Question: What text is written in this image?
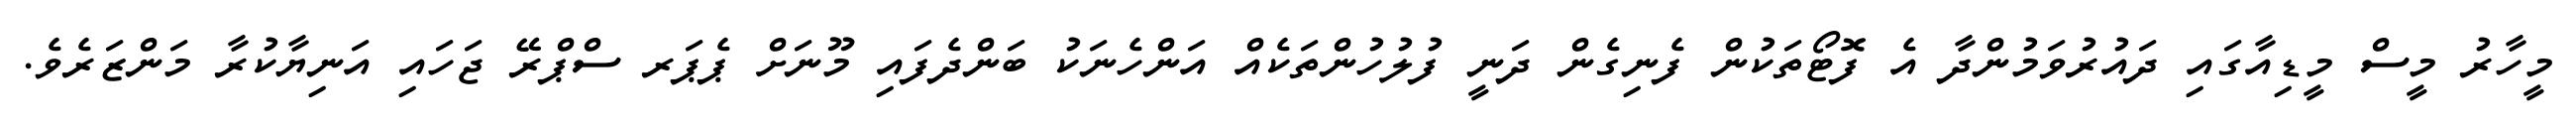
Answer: މީހާރު މީސް މީޑިއާގައި ދައުރުވަމުންދާ އެ ފޮޓޯތަކުން ފެނިގެން ދަނީ ފުލުހުންތަކެއް އަންހެނަކު ބަންދެފައި މޫނަށް ޕެޕަރ ސްޕްރޭ ޖަހައި އަނިޔާކުރާ މަންޒަރެވެ.